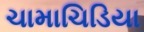
ચામાચિડિયા